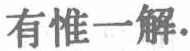
有惟一解.